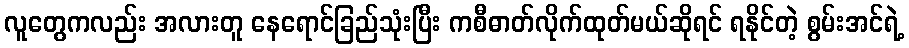
လူတွေကလည်း အလားတူ နေရောင်ခြည်သုံးပြီး ကစီဓာတ်လိုက်ထုတ်မယ်ဆိုရင် ရနိုင်တဲ့ စွမ်းအင်ရဲ့